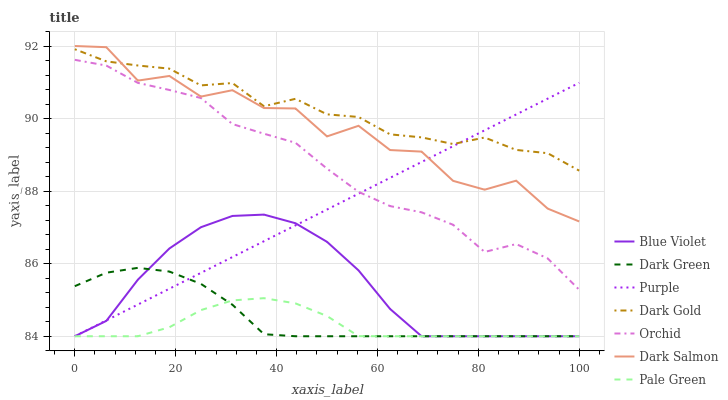
| xaxis_label | Blue Violet | Dark Green | Purple | Dark Gold | Orchid | Dark Salmon | Pale Green |
 | --- | --- | --- | --- | --- | --- | --- | --- |
 | 0 | 84 | 85.4 | 84 | 91.9 | 91.6 | 92 | 84 |
 | 6.25 | 84.4 | 85.8 | 84.4 | 91.6 | 91.5 | 92 | 84 |
 | 12.5 | 85.6 | 85.9 | 84.9 | 91.5 | 91 | 91 | 84 |
 | 18.8 | 86.4 | 85.8 | 85.3 | 91.4 | 90.8 | 91.2 | 84.2 |
 | 25 | 87 | 85.4 | 85.7 | 90.9 | 90.6 | 90.6 | 84.7 |
 | 31.2 | 87.3 | 84.9 | 86.2 | 91 | 89.8 | 90.8 | 85 |
 | 37.5 | 87.4 | 84.1 | 86.6 | 90.3 | 89.6 | 90.3 | 85 |
 | 43.8 | 87.1 | 84 | 87.1 | 90.5 | 89.3 | 90.3 | 84.9 |
 | 50 | 86.6 | 84 | 87.5 | 90.1 | 88.6 | 89.5 | 84.6 |
 | 56.2 | 85.8 | 84 | 87.9 | 90 | 88 | 89.8 | 84 |
 | 62.5 | 84.8 | 84 | 88.4 | 89.6 | 87.6 | 89.1 | 84 |
 | 68.8 | 84 | 84 | 88.8 | 89.5 | 87.4 | 89.1 | 84 |
 | 75 | 84 | 84 | 89.2 | 89.3 | 87.1 | 88.3 | 84 |
 | 81.2 | 84 | 84 | 89.7 | 89.5 | 86.3 | 88 | 84 |
 | 87.5 | 84 | 84 | 90.1 | 89.1 | 86.5 | 88.3 | 84 |
 | 93.8 | 84 | 84 | 90.5 | 89 | 86.1 | 87.5 | 84 |
 | 100 | 84 | 84 | 91 | 88.6 | 85.3 | 87.2 | 84 |